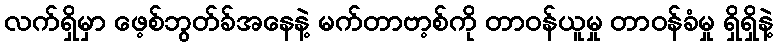
လက်ရှိမှာ ဖေ့စ်ဘွတ်ခ်အနေနဲ့ မက်တာဗာ့စ်ကို တာဝန်ယူမှု တာဝန်ခံမှု ရှိရှိနဲ့